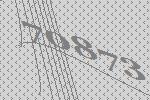
70873